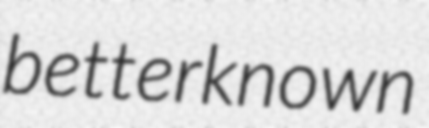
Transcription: better known